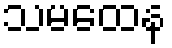
သမထေန